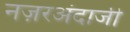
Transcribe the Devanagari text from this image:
नज़रअंदाजी